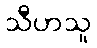
သီဟသူ